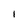
Character: 1